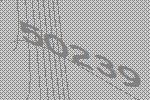
50239